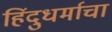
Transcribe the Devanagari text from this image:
हिंदुधर्माचा